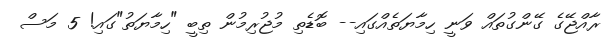
ރާއްޖޭގެ ގޭންގުތައް ވަނީ ހިމާޔަތެއްގައި-- ބޮޑެތި މުޖުރިމުން ތިބީ "ހިމާޔަތު"ގައި! 5 މަސް